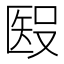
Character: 𥏏